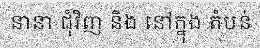
នានា ជុំវិញ និង នៅក្នុង តំបន់